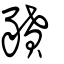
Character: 豶